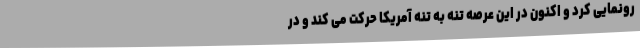
رونمایی کرد و اکنون در این عرصه تنه به تنه آمریکا حرکت می کند و در